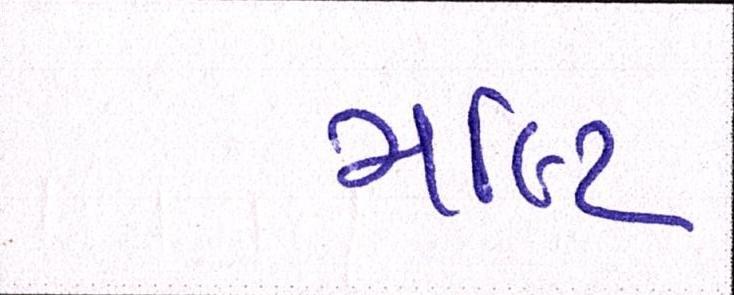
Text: મલ્ટિ